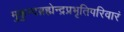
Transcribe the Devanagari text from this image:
मुकुन्दब्रह्मेन्द्रप्रभृतिपरिवारं